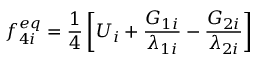
f _ { 4 i } ^ { e q } = \frac { 1 } { 4 } \left[ U _ { i } + \frac { G _ { 1 i } } { \lambda _ { 1 i } } - \frac { G _ { 2 i } } { \lambda _ { 2 i } } \right]